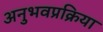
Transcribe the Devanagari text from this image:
अनुभवप्रक्रिया